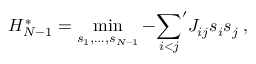
{ \cal H } _ { N - 1 } ^ { * } = \operatorname* { m i n } _ { s _ { 1 } , \ldots , s _ { N - 1 } } - { \sum _ { i < j } } ^ { \prime } J _ { i j } s _ { i } s _ { j } \; ,